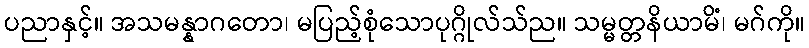
ပညာနှင့်။ အသမန္နာဂတော၊ မပြည့်စုံသောပုဂ္ဂိုလ်သ်ည။ သမ္မတ္တနိယာမိံ၊ မဂ်ကို။